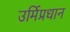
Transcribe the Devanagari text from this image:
उर्मिप्रधान